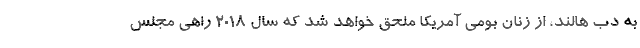
به دب هالند، از زنان بومی آمریکا ملحق خواهد شد که سال ۲۰۱۸ راهی مجلس